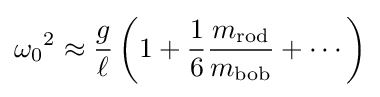
{\omega _{0}}^{2}\approx {\frac {g}{\ell }}\left(1+{\frac {1}{6}}{\frac {m_{\mathrm {rod} }}{m_{\mathrm {bob} }}}+\cdots \right)